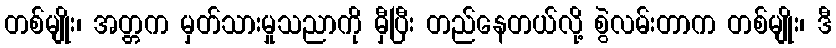
တစ်မျိုး၊ အတ္တက မှတ်သားမှုသညာကို မှီပြီး တည်နေတယ်လို့ စွဲလမ်းတာက တစ်မျိုး၊ ဒီ